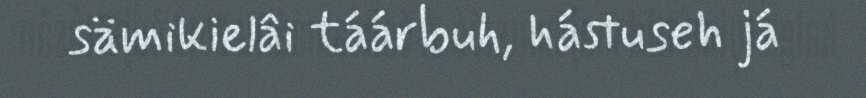
sämikielâi táárbuh, hástuseh já